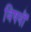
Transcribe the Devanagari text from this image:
विषयॊं